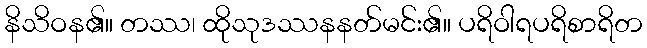
နိသိဝန၏။ တဿ၊ ထိုသုဒဿနနတ်မင်း၏။ ပရိဝါရပရိစာရိတ